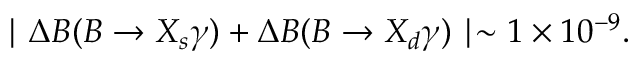
\mid \Delta { \cal B } ( B \to X _ { s } \gamma ) + \Delta { \cal B } ( B \to X _ { d } \gamma ) \mid \sim 1 \times 1 0 ^ { - 9 } .